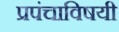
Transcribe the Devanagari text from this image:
प्रपंचाविषयी